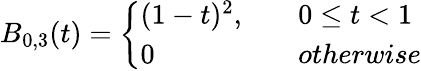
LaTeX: B_{0,3}(t)=\left\{ \begin{array}{ll}{(1-t)^{2},\quad}&{0\leq t<1}\\ {0\quad}&{otherwise}\end{array}\right.